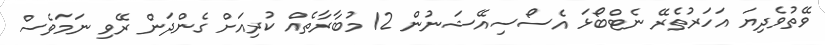
ވޭތުވެދިޔަ އަހަރުތެރޭ ނެޓްބޯޅަ އެސޯސިއޭޝަނުން 12 މުބާރާތެއް ކުރިއަށް ގެންދަން ރޭވި ނަމަވެސް